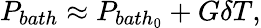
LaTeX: P_{bath}\approx P_{bath_{0}}+G\delta T,